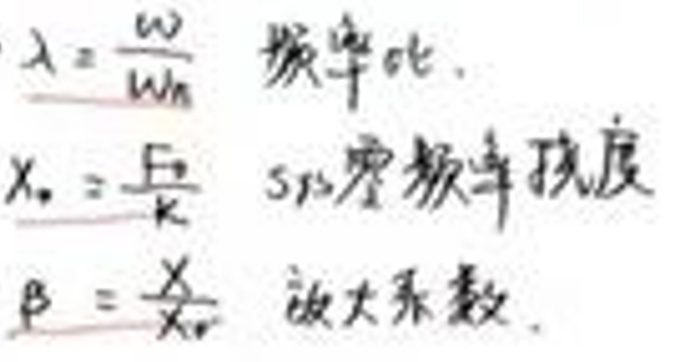
\(\lambda &= \frac{\omega}{\omega_n} \quad \)频率比\\
\(\lambda_0 &= \sqrt{\frac{k}{m}} \quad \)弹簧静刚度\\
\(\beta &= \frac{\lambda}{1-\lambda^2} \quad \)放大系数